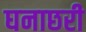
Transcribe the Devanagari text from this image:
घनाछरी